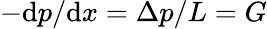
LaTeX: -\mathrm{d}p/\mathrm{d}x=\Delta p/L=G